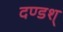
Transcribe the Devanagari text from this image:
दण्डश्